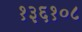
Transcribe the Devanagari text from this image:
१३६१०८